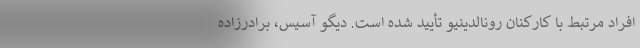
افراد مرتبط با کارکنان رونالدینیو تأیید شده است. دیگو آسیس، برادرزاده